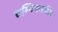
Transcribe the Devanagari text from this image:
चम्पियनशिप